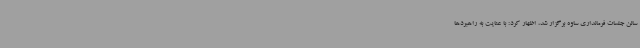
سالن جلسات فرمانداری ساوه برگزار شد، اظهار کرد: با عنایت به راهبردها